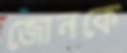
জোনকে